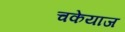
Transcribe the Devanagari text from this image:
चकेयाज